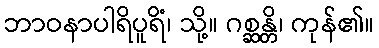
ဘာဝနာပါရိပူရိံ၊ သို့။ ဂစ္ဆန္တိ၊ ကုန်၏။